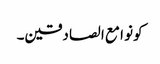
کونو ا مع ا لصادقین۔